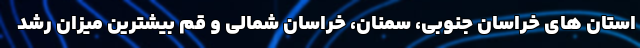
استان های خراسان جنوبی، سمنان، خراسان شمالی و قم بیشترین میزان رشد